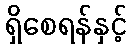
ရှိစေရန်နှင့်